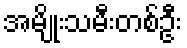
အမျိုးသမီးတစ်ဦး